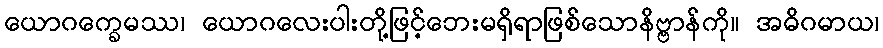
ယောဂက္ခေမဿ၊ ယောဂလေးပါးတို့ဖြင့်ဘေးမရှိရာဖြစ်သောနိဗ္ဗာန်ကို။ အဓိဂမာယ၊